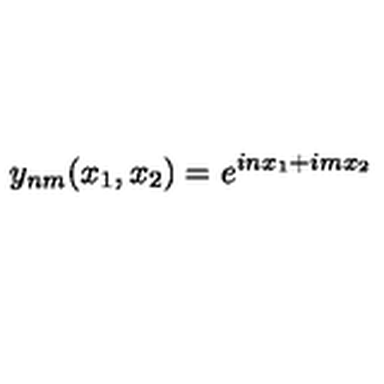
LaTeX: y _ { n m } ( x _ { 1 } , x _ { 2 } ) = e ^ { i n x _ { 1 } + i m x _ { 2 } }